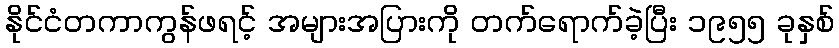
နိုင်ငံတကာကွန်ဖရင့် အများအပြားကို တက်ရောက်ခဲ့ပြီး ၁၉၅၅ ခုနှစ်